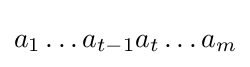
a_{1}\ldots a_{t-1}a_{t}\ldots a_{m}